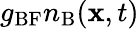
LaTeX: g_{\mathrm{BF}}n_{\mathrm{B}}(\mathbf{x},t)